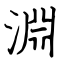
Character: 淵